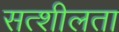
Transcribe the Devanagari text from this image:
सत्शीलता